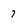
Character: 7